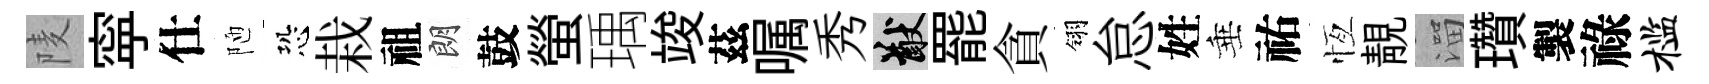
𨹧寜仕陋恐栽祖朗鼓螢瑀竣茲嘱秀猷罷貪翎怠姓垂祐恆靚溜瓚製祿槛